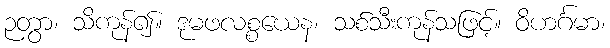
ဉတွာ၊ သိကုန်၍။ ဒုမဖလစ္စယေန၊ သစ်သီးကုန်သဖြင့်။ ဝိဟင်္ဂမာ၊